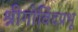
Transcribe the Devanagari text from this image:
श्रीगोविंदप्रभू